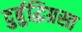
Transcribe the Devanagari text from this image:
दुर्बुद्धिग्रस्त